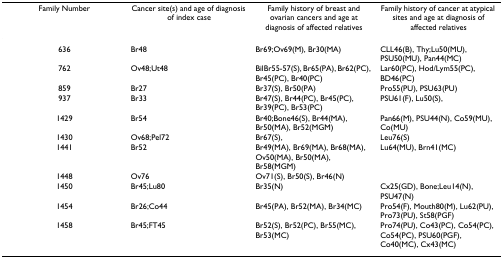
<table><thead><tr><td><b>Family Number</b></td><td><b>Cancer site(s) and age of diagnosis of index case</b></td><td><b>Family history of breast and ovarian cancers and age at diagnosis of affected relatives</b></td><td><b>Family history of cancer at atypical sites and age at diagnosis of affected relatives</b></td></tr></thead><tbody><tr><td>636</td><td>Br48</td><td>Br69;Ov69(M), Br30(MA)</td><td>CLL46(B), Thy;Lu50(MU), PSU50(MU), Pan44(MC)</td></tr><tr><td>762</td><td>Ov48;Ut48</td><td>BilBr55-57(S), Br65(PA), Br62(PC), Br45(PC), Br40(PC)</td><td>Lar60(PC), Hod/Lym55(PC), BD46(PC)</td></tr><tr><td>859</td><td>Br27</td><td>Br37(S), Br50(PA)</td><td>Pro55(PU), PSU63(PU)</td></tr><tr><td>937</td><td>Br33</td><td>Br47(S), Br44(PC), Br45(PC), Br39(PC), Br53(PC)</td><td>PSU61(F), Lu50(S),</td></tr><tr><td>1429</td><td>Br54</td><td>Br40;Bone46(S), Br44(MA), Br50(MA), Br52(MGM)</td><td>Pan66(M), PSU44(N), Co59(MU), Co(MU)</td></tr><tr><td>1430</td><td>Ov68;Pel72</td><td>Br67(S),</td><td>Leu76(S)</td></tr><tr><td>1441</td><td>Br52</td><td>Br49(MA), Br69(MA), Br68(MA), Ov50(MA), Br50(MA), Br58(MGM)</td><td>Lu64(MU), Brn41(MC)</td></tr><tr><td>1448</td><td>Ov76</td><td>Ov71(S), Br50(S), Br46(N)</td><td></td></tr><tr><td>1450</td><td>Br45;Lu80</td><td>Br35(N)</td><td>Cx25(GD), Bone;Leu14(N), PSU47(N)</td></tr><tr><td>1454</td><td>Br26;Co44</td><td>Br45(PA), Br52(MA), Br34(MC)</td><td>Pro54(F), Mouth80(M), Lu62(PU), Pro73(PU), St58(PGF)</td></tr><tr><td>1458</td><td>Br45;FT45</td><td>Br52(S), Br52(PC), Br55(MC), Br53(MC)</td><td>Pro74(PU), Co43(PC), Co54(PC), Co54(PC), PSU60(PGF), Co40(MC), Cx43(MC)</td></tr></tbody></table>